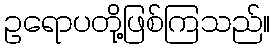
ဥရောပတို့ဖြစ်ကြသည်။